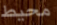
محيط